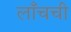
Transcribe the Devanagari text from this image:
लाँचची